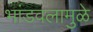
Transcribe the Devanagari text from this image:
भांडवलामुळे